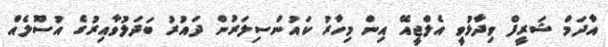
އާދަމް ޝަރީފް ވިދާޅުވީ އެލްޖީއޭ އިން މިހާރު ކައުންސިލަރުން ދައުރު ބަދަލުވާއިރުގެ އުސޫލެއް